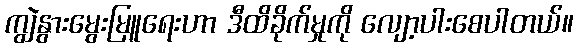
ကျွဲနွားမွေးမြူရေးဟာ ဒီထိခိုက်မှုကို လျော့ပါးစေပါတယ်။